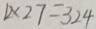
1 2 \times 2 7 = 3 2 4